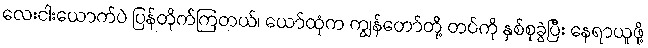
လေးငါးယောက်ပဲ ပြန်တိုက်ကြတယ်၊ ယော်ထုံက ကျွန်တော်တို့ တပ်ကို နှစ်စုခွဲပြီး နေရာယူဖို့